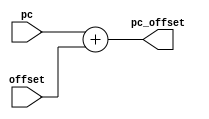


// file branch_adder.v

module branch_adder(
	input wire [31:0] pc,
	input wire [31:0] offset,
	output reg [31:0] pc_offset);
	
	always @* begin
		pc_offset <= pc + offset;
	end
endmodule